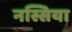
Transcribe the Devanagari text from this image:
नस्सिया